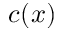
c ( x )